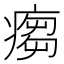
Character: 𱱠